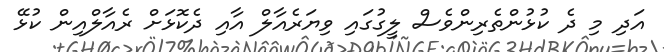
އަދި މި ދެ ކުޅުންތެރިންވެސް ލީގުގައި ވިޔަރެއާލް އާއި ދެކޮޅަށް ރެއާލްއިން ކުޅޭ